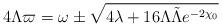
LaTeX: \begin{align*}4 \Lambda \varpi = \omega \pm \sqrt{4\lambda+ 16\Lambda \tilde \Lambda e^{-2 \chi_0} }\end{align*}